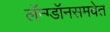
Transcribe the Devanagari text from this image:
लॅन्ग्डॉनसमवेत